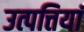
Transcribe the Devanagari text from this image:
उत्पत्तियां